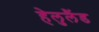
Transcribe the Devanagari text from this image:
हेलुलैंड